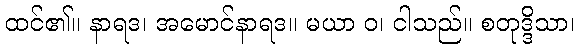
ထင်၏။ နာရဒ၊ အမောင်နာရဒ။ မယာ ဝ၊ ငါသည်။ စတုဒ္ဒိသာ၊